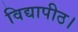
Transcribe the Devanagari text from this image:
विद्यापीठ।